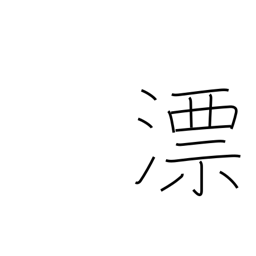
Meaning: float (on liquid)